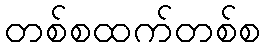
တစ်စထက်တစ်စ